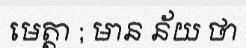
មេត្តា ; មាន ន័យ ថា